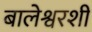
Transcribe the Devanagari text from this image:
बालेश्वरशी